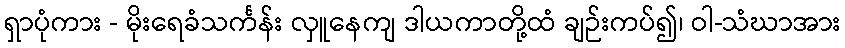
ရှာပုံကား - မိုးရေခံသင်္ကန်း လှူနေကျ ဒါယကာတို့ထံ ချဉ်းကပ်၍၊ ဝါ-သံဃာအား